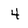
Character: 4